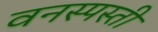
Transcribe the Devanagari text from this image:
वनस्पस्ती